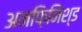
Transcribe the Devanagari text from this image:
अनफ़िनिश्ड